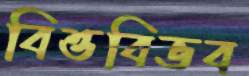
বিত্তবিভব